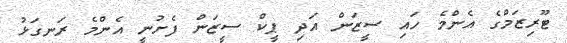
ޓޫރިޒަމްގެ އެންމެ ހައި ސީޒަން އަދި ޕީކް ސީޒަން ފެށުނީ އެންމެ ރަނގަޅު